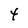
Character: 4